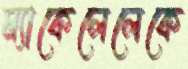
ম্যাকেলেলেকে